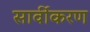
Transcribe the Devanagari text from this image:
सार्वीकरण